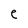
Character: e